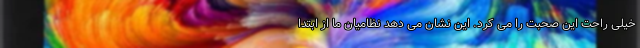
خیلی راحت این صحبت را می کرد. این نشان می دهد نظامیان ما از ابتدا